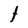
Character: t